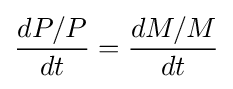
{\frac {dP/P}{dt}}={\frac {dM/M}{dt}}